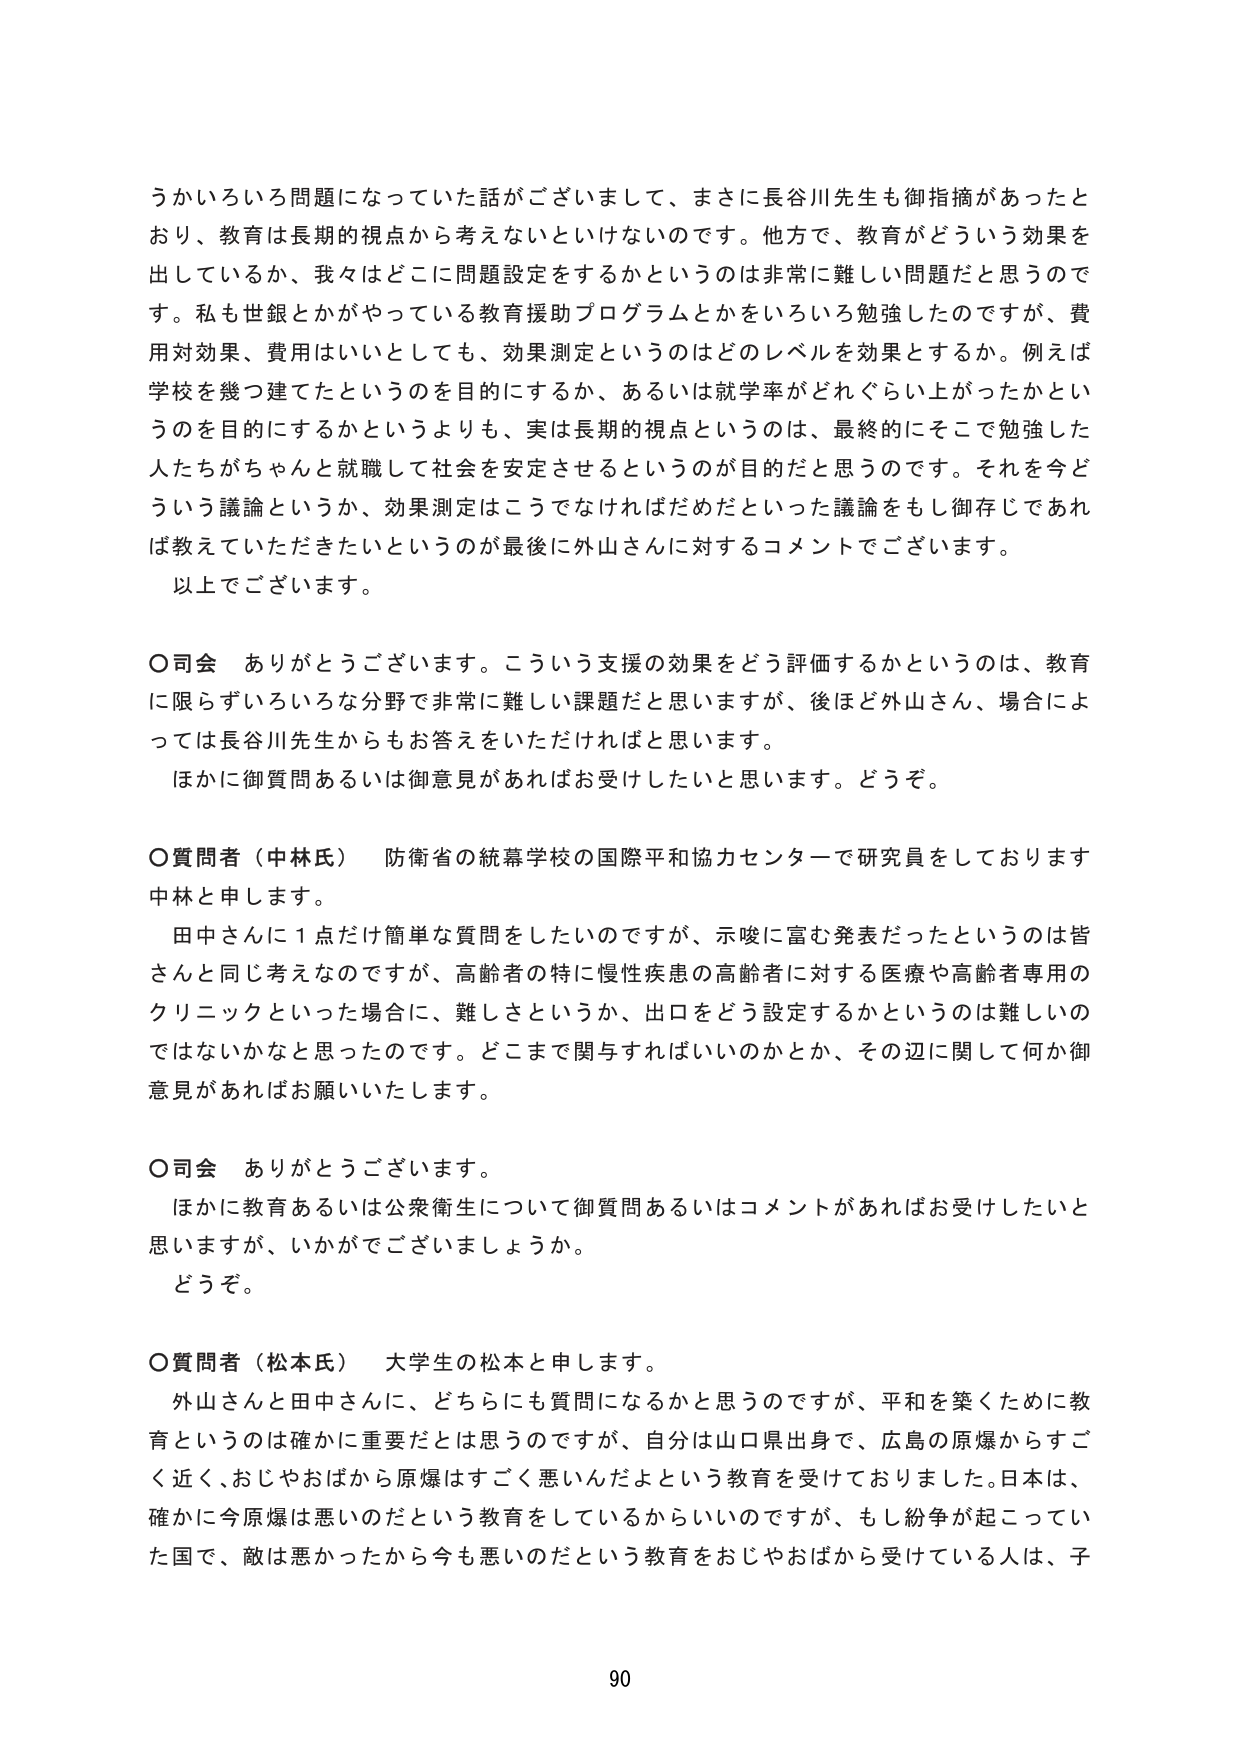
うかいろいろ問題になっていた話がございまして、まさに長谷川先生も御指摘があったとおり、教育は長期的視点から考えないといけないのです。他方で、教育がどういう効果を出しているか、我々はどこに問題設定をするかというのは非常に難しい問題だと思うのです。私も世銀とかがやっている教育援助プログラムとかをいろいろ勉強したのですが、費用対効果、費用はいいとしても、効果測定というのはどのレベルを効果とするか。例えば学校を幾つ建てたというのを目的にするか、あるいは就学率がどれぐらい上がったかというのを目的にするかというよりも、実は長期的視点というのは、最終的にそこで勉強した人たちがちゃんと就職して社会を安定させるというのが目的だと思うのです。それを今どういう議論というか、効果測定はこうでなければだめだといった議論をもし御存じであれば教えていただきたいというのが最後に外山さんに対するコメントでございます。

以上でございます。

○司会　ありがとうございます。こういう支援の効果をどう評価するかというのは、教育に限らずいろいろな分野で非常に難しい課題だと思いますが、後ほど外山さん、場合によっては長谷川先生からもお答えをいただければと思います。

ほかに御質問あるいは御意見があればお受けしたいと思います。どうぞ。

○質問者（中林氏）　防衛省の統幕学校の国際平和協力センターで研究員をしております中林と申します。

田中さんに1点だけ簡単な質問をしたいのですが、示唆に富む発表だったというのは皆さんと同じ考えなのですが、高齢者の特に慢性疾患の高齢者に対する医療や高齢者専用のクリニックといった場合に、難しさというか、出口をどう設定するかというのは難しいのではないかなと思ったのです。どこまで関与すればいいのかとか、その辺に関して何か御意見があればお願いいたします。

○司会　ありがとうございます。

ほかに教育あるいは公衆衛生について御質問あるいはコメントがあればお受けしたいと思いますが、いかがでございましょうか。

どうぞ。

○質問者（松本氏）　大学生の松本と申します。

外山さんと田中さんに、どちらにも質問になるかと思うのですが、平和を築くために教育というのは確かに重要だとは思うのですが、自分は山口県出身で、広島の原爆からすごく近く、おじやおばから原爆はすごく悪いんだよという教育を受けておりました。日本は、確かに今原爆は悪いのだという教育をしてしているかららしいのですが、もし紛争が起こっていた国で、敵は悪かったから今も悪いのだという教育をおじやおばから受けている人は、子

90